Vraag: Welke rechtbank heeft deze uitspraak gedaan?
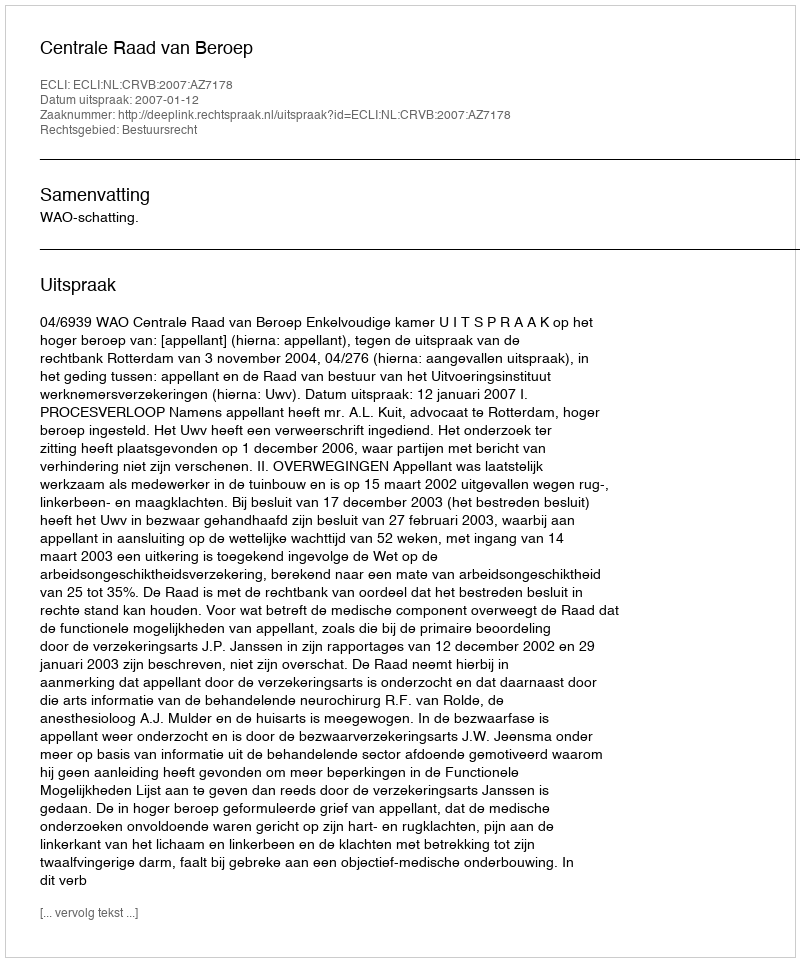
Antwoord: Centrale Raad van Beroep